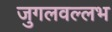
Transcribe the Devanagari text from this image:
जुगलवल्लभ